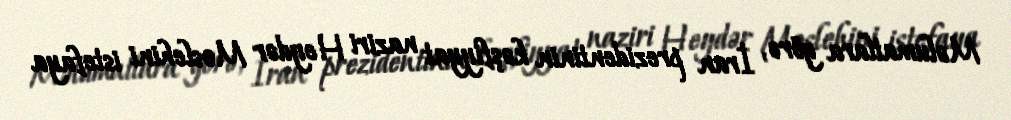
Məlumatlara görə, İran prezidentinin kəşfiyyat naziri Heydər Moslehini istefaya